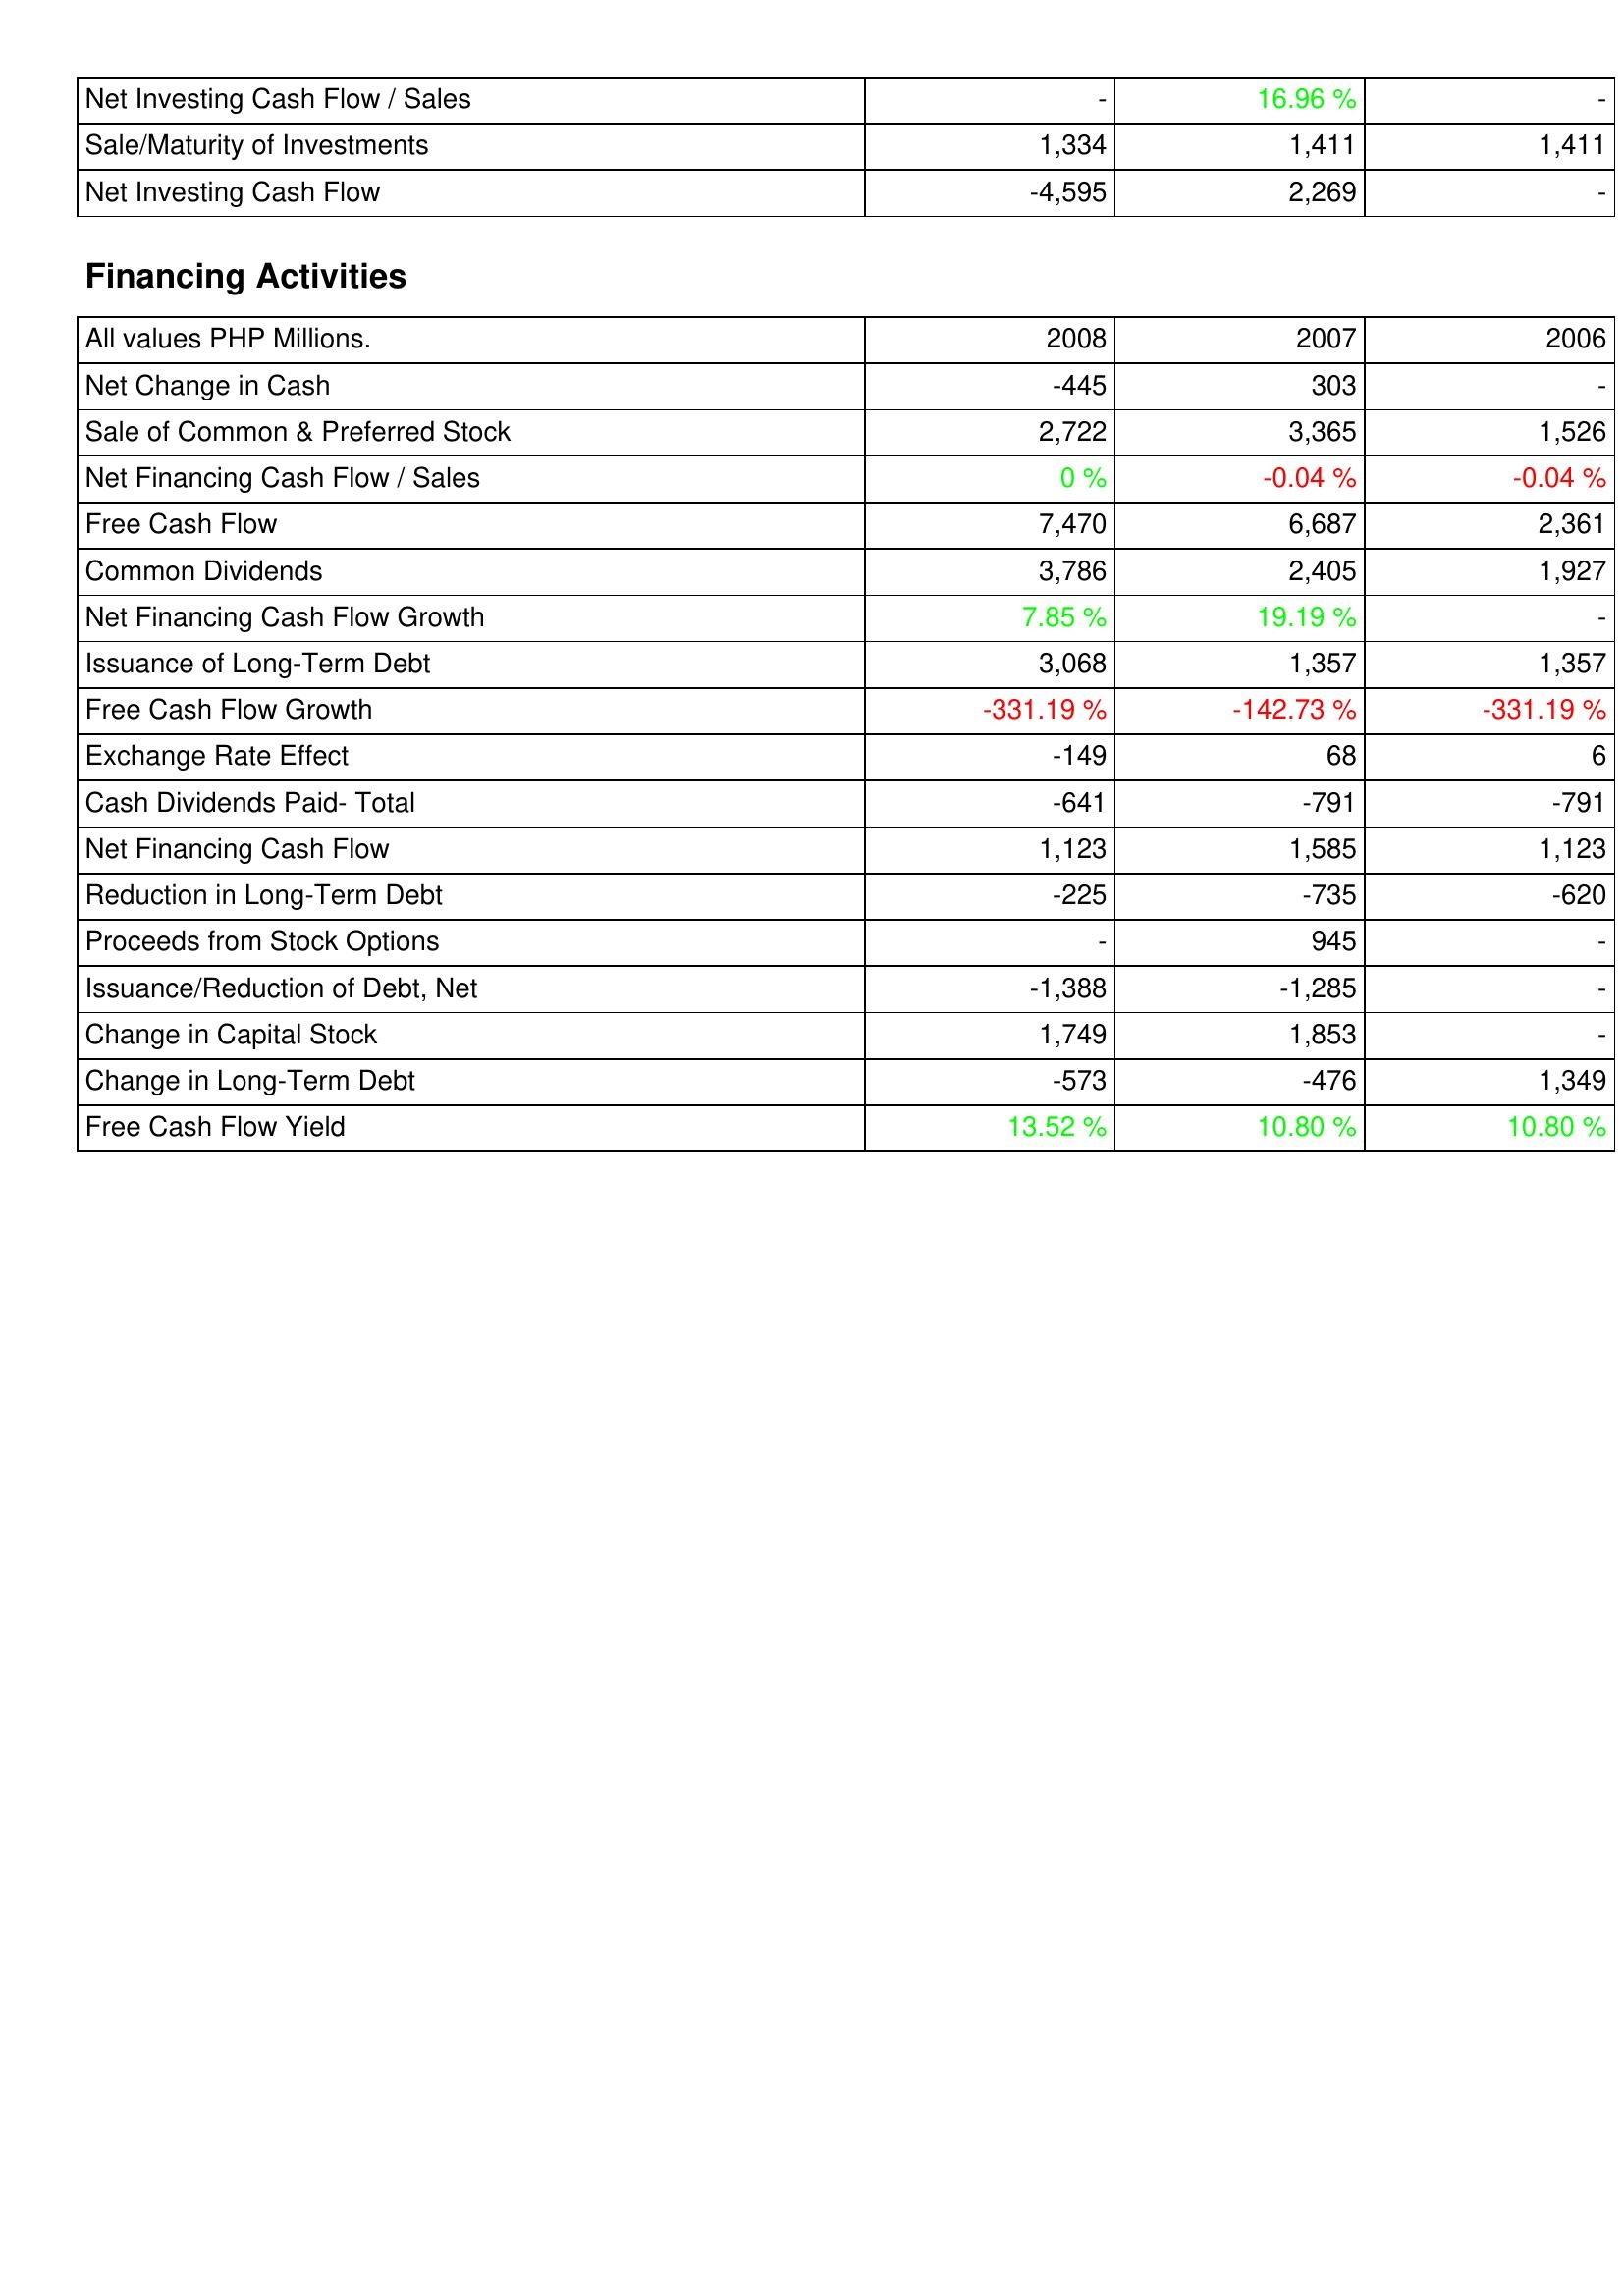
2008: Investing Activities: Net Investing Cash Flow / Sales: -
Sale/Maturity of Investments: 1,334
Net Investing Cash Flow: -4,595
Financing Activities: Net Change in Cash: -445
Sale of Common & Preferred Stock: 2,722
Net Financing Cash Flow / Sales: 0 %
Free Cash Flow: 7,470
Common Dividends: 3,786
Net Financing Cash Flow Growth: 7.85 %
Issuance of Long-Term Debt: 3,068
Free Cash Flow Growth: -331.19 %
Exchange Rate Effect: -149
Cash Dividends Paid- Total: -641
Net Financing Cash Flow: 1,123
Reduction in Long-Term Debt: -225
Proceeds from Stock Options: -
Issuance/Reduction of Debt, Net: -1,388
Change in Capital Stock: 1,749
Change in Long-Term Debt: -573
Free Cash Flow Yield: 13.52 %
2007: Investing Activities: Net Investing Cash Flow / Sales: 16.96 %
Sale/Maturity of Investments: 1,411
Net Investing Cash Flow: 2,269
Financing Activities: Net Change in Cash: 303
Sale of Common & Preferred Stock: 3,365
Net Financing Cash Flow / Sales: -0.04 %
Free Cash Flow: 6,687
Common Dividends: 2,405
Net Financing Cash Flow Growth: 19.19 %
Issuance of Long-Term Debt: 1,357
Free Cash Flow Growth: -142.73 %
Exchange Rate Effect: 68
Cash Dividends Paid- Total: -791
Net Financing Cash Flow: 1,585
Reduction in Long-Term Debt: -735
Proceeds from Stock Options: 945
Issuance/Reduction of Debt, Net: -1,285
Change in Capital Stock: 1,853
Change in Long-Term Debt: -476
Free Cash Flow Yield: 10.80 %
2006: Investing Activities: Net Investing Cash Flow / Sales: -
Sale/Maturity of Investments: 1,411
Net Investing Cash Flow: -
Financing Activities: Net Change in Cash: -
Sale of Common & Preferred Stock: 1,526
Net Financing Cash Flow / Sales: -0.04 %
Free Cash Flow: 2,361
Common Dividends: 1,927
Net Financing Cash Flow Growth: -
Issuance of Long-Term Debt: 1,357
Free Cash Flow Growth: -331.19 %
Exchange Rate Effect: 6
Cash Dividends Paid- Total: -791
Net Financing Cash Flow: 1,123
Reduction in Long-Term Debt: -620
Proceeds from Stock Options: -
Issuance/Reduction of Debt, Net: -
Change in Capital Stock: -
Change in Long-Term Debt: 1,349
Free Cash Flow Yield: 10.80 %